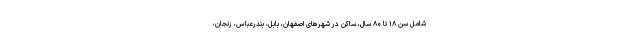
شامل سن ۱۸ تا ۸۰ سال، ساکن در شهرهای اصفهان، بابل، بندرعباس، زنجان،